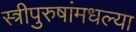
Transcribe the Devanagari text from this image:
स्त्रीपुरुषांमधल्या